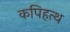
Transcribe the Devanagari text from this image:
कपिहत्थ